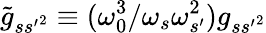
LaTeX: \tilde{g}_{s{s^{\prime}}^{2}}\equiv(\omega_{0}^{3}/\omega_{s}\omega_{s^{\prime}}^{2})g_{s{s^{\prime}}^{2}}